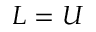
L = U